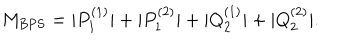
M _ { \mathrm { B P S } } = | P _ { 1 } ^ { ( 1 ) } | + | P _ { 1 } ^ { ( 2 ) } | + | Q _ { 2 } ^ { ( 1 ) } | + | Q _ { 2 } ^ { ( 2 ) } | .